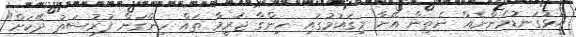
އަޅުގަނޑުމެންނެއް ނެތިން އޭނާ މިގައުމުގައި ހިންގާ ޖަރީމާ ތައް ހިންގަން ފުރުސަތު ދޭކަށް"